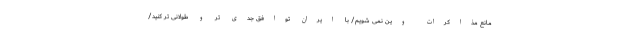
مانع مذاکرات وین نمی شویم/ با ایران توافق جدی تر و طولانی تر کنید/